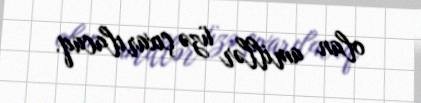
olan amillər üzə çıxarılacaq.